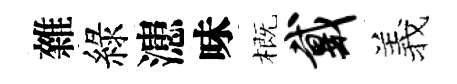
雜綠漶味概戴羲